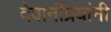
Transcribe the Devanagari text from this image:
देवानंप्रियांनी